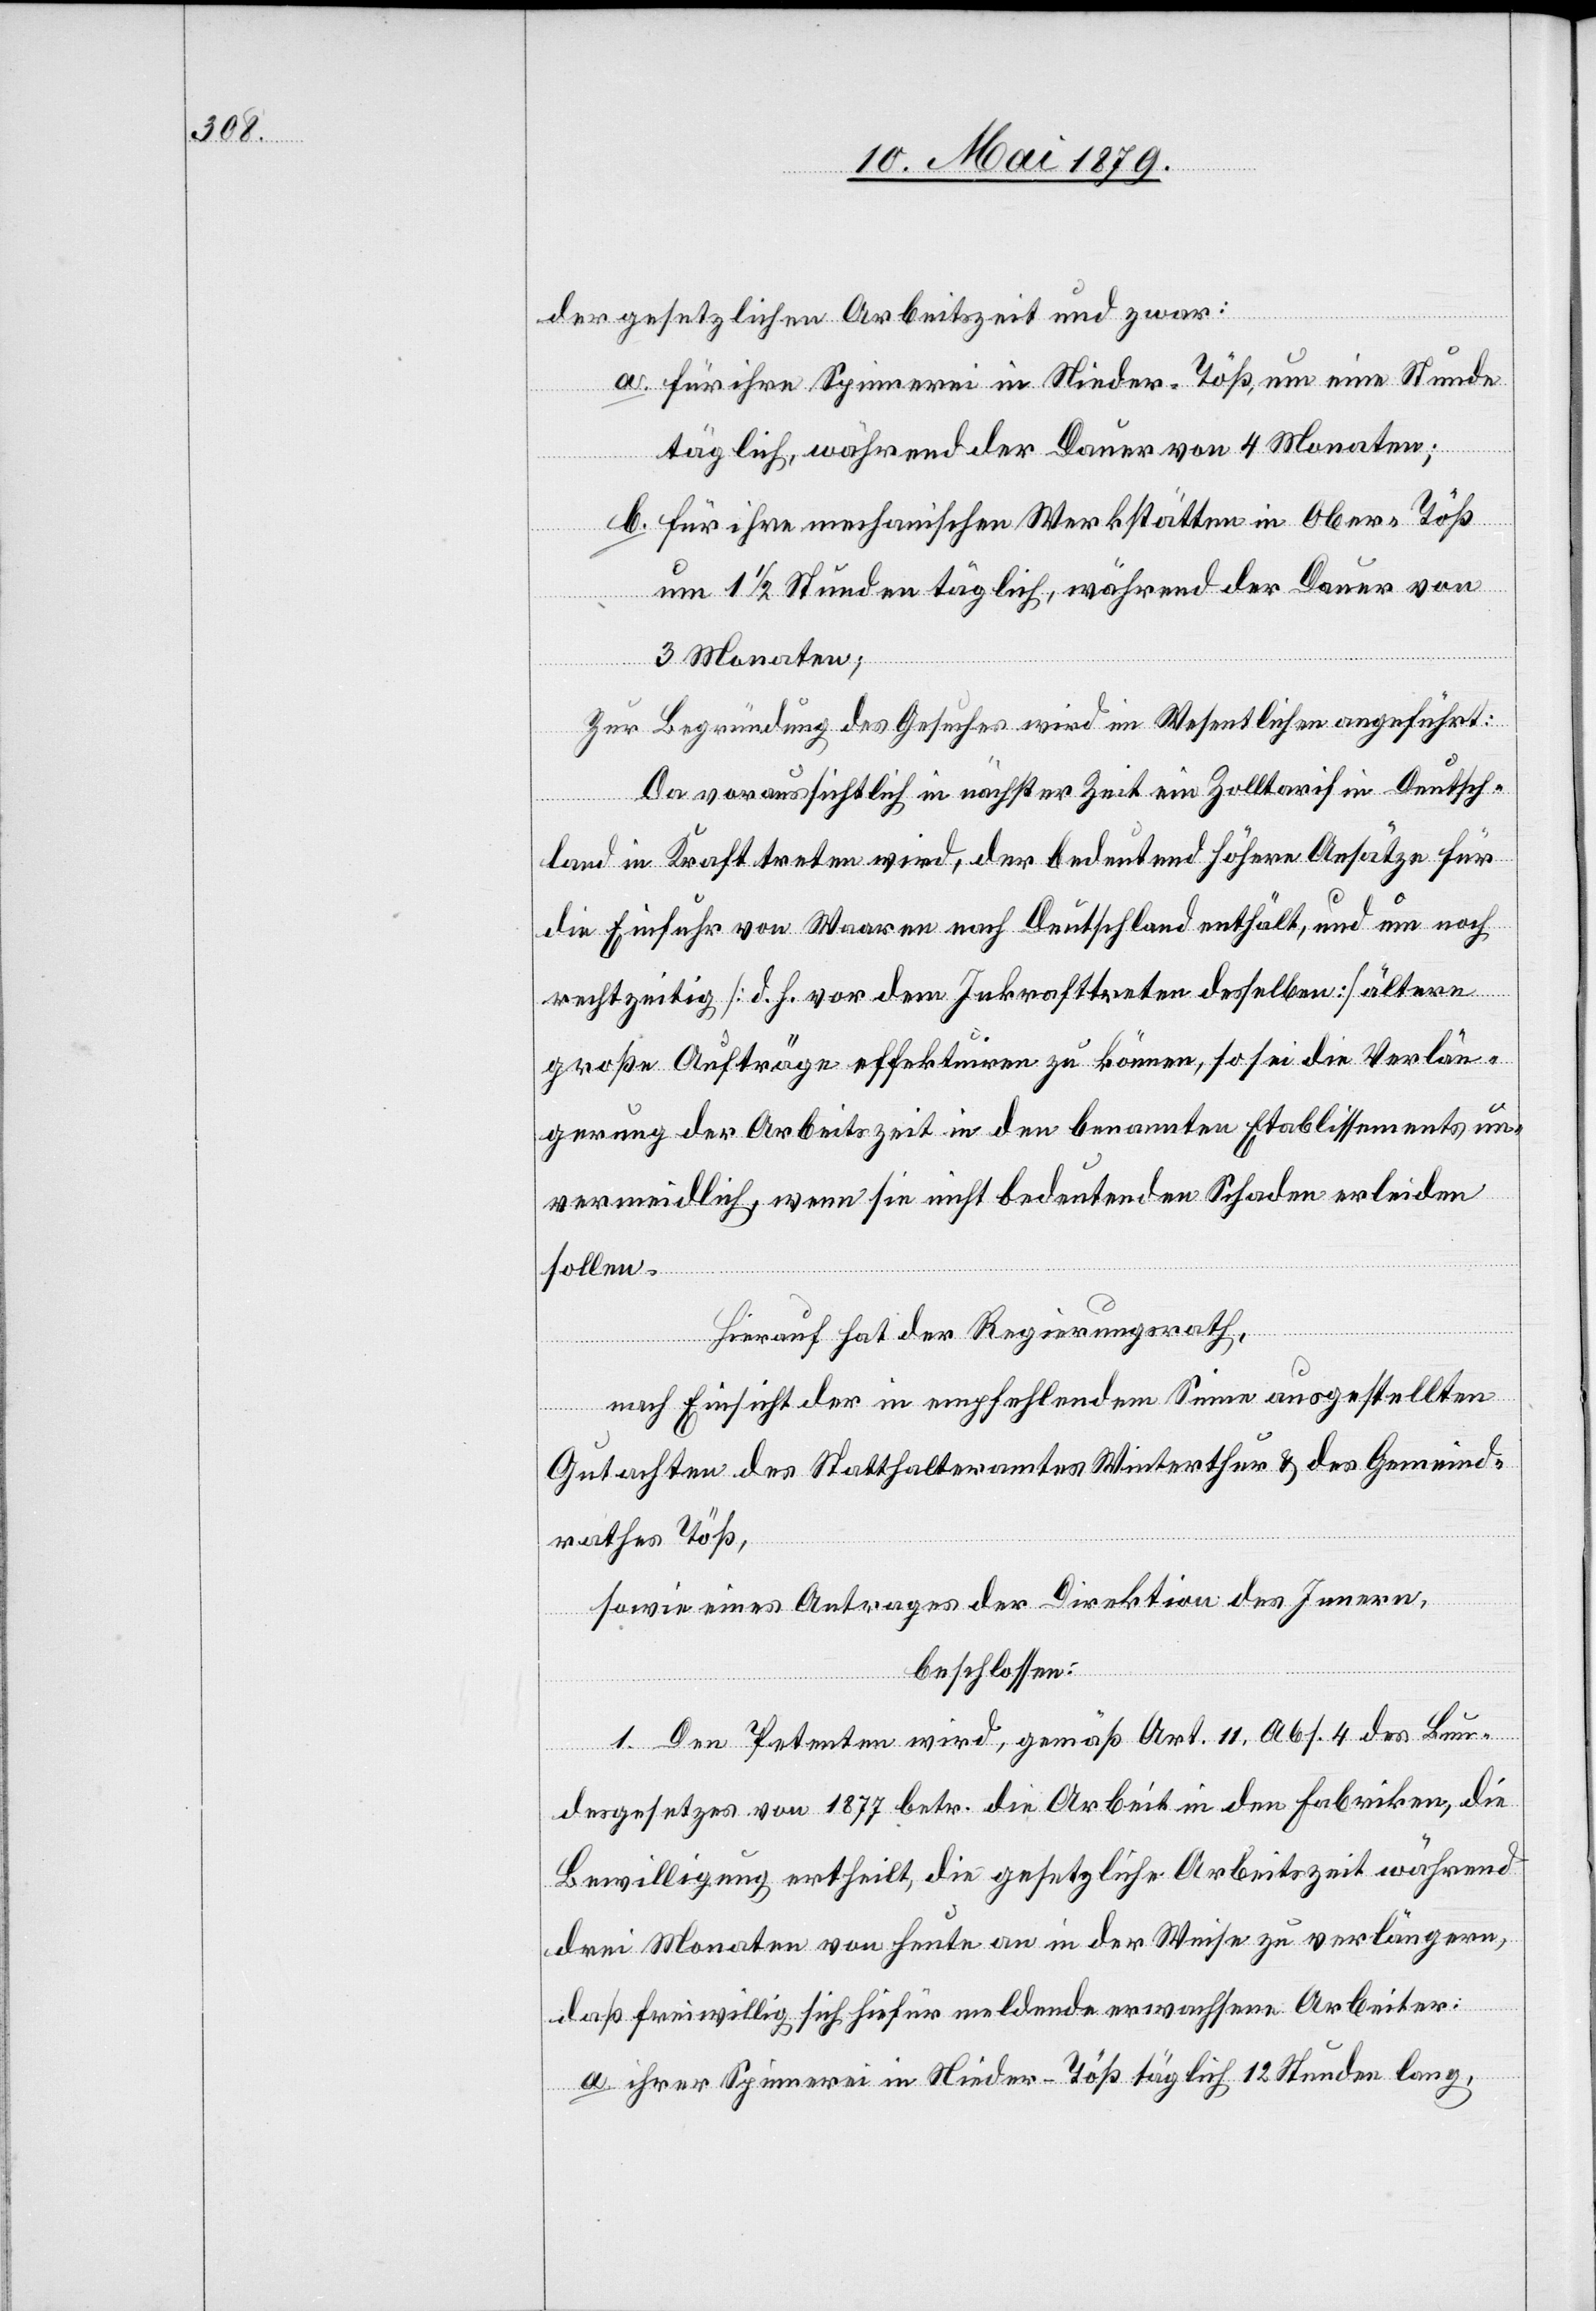
der gesetzlichen Arbeitszeit und zwar:
a. für ihre Spinnerei in Nieder-Töß, um eine Stunde
täglich, während der Dauer von 4 Monaten;
b. für ihre mechanischen Werkstätten in Ober-Töß
um 1 1/2 Stunden täglich, während der Dauer von
3 Monaten;
Zur Begründung des Gesuches wird im Wesentlichen angeführt:
Da voraussichtlich in nächster Zeit ein Zolltarif in Deutsch¬
land in Kraft treten wird, der bedeutend höhere Ansätze für
die Einfuhr von Waaren nach Deutschland enthält, und um noch
rechtzeitig [d. h. vor dem Inkrafttreten desselben] ältere
große Aufträge effektuiren zu können, so sei die Verlän¬
gerung der Arbeitszeit in den benannten Etablissements un¬
vermeidlich, wenn sie nicht bedeutenden Schaden erleiden
sollen.
Hierauf hat der Regierungsrath,
nach Einsicht der in empfehlendem Sinne ausgestellten
Gutachten des Statthalteramtes Winterthur & des Gemeind¬
rathes Töß,
sowie eines Antrages der Direktion des Innern,
beschlossen:
1. Den Petenten wird, gemäß Art. 11, Abs. 4 des Bun¬
desgesetzes von 1877 betr. die Arbeit in den Fabriken, die
Bewilligung ertheilt, die gesetzliche Arbeitszeit während
drei Monaten von heute an in der Weise zu verlängern,
daß freiwillig sich hiefür meldende erwachsene Arbeiter:
a. ihrer Spinnerei in Nieder-Töß täglich 12 Stunden lang,